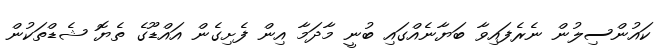
ކައުންސިލުން ނެރެފައިވާ ބަޔާނެއްގައި ބުނީ މާދަމާ އިން ފެށިގެން އައްޑޫގެ ތެޔޮ ޝެޑްތަކުން